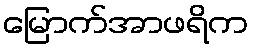
မြောက်အာဖရိက